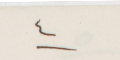
٤